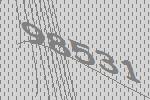
98531